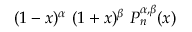
( 1 - x ) ^ { \alpha } \ ( 1 + x ) ^ { \beta } \ P _ { n } ^ { \alpha , \beta } ( x )